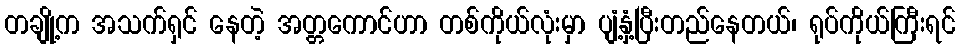
တချို့က အသက်ရှင် နေတဲ့ အတ္တကောင်ဟာ တစ်ကိုယ်လုံးမှာ ပျံ့နှံ့ပြီးတည်နေတယ်၊ ရုပ်ကိုယ်ကြီးရင်